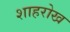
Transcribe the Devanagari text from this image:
शाहरोख